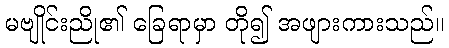
မဗျိုင်းညို၏ ခြေရာမှာ တို၍ အဖျားကားသည်။